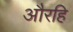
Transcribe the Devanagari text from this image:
औरहि